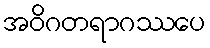
အဝိဂတရာဂဿပေ